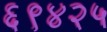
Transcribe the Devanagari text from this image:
६९४२५